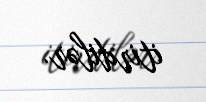
itirdilər.